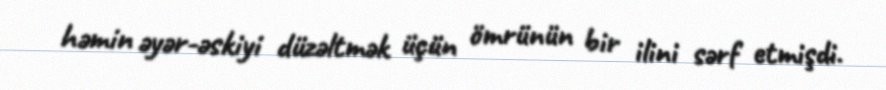
həmin əyər-əskiyi düzəltmək üçün ömrünün bir ilini sərf etmişdi.